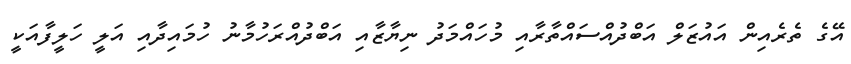
އޭގެ ތެރެއިން އައުޒަލް އަބްދުއްސައްތާރާއި މުހައްމަދު ނިޔާޒާއި އަބްދުއްރަހުމާނު ހުމައިދާއި އަލީ ހަލީފާއަކީ